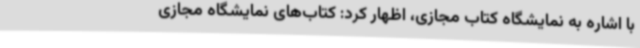
با اشاره به نمایشگاه کتاب مجازی، اظهار کرد: کتاب‌های نمایشگاه مجازی